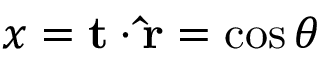
x = \mathbf { t } \cdot \mathbf { \hat { r } } = \cos \theta